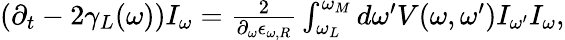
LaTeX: \begin{array}{r}{\left(\partial_{t}-2\gamma_{L}(\omega)\right)I_{\omega}=\frac{2}{\partial_{\omega}\epsilon_{\omega,R}}\int_{\omega_{L}}^{\omega_{M}}d\omega^{\prime}V(\omega,\omega^{\prime})I_{\omega^{\prime}}I_{\omega},}\end{array}